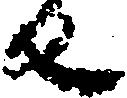
反